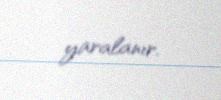
yaralanır.